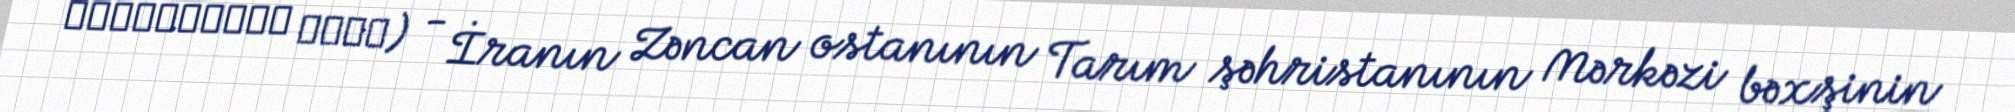
هارون‌آباد علیا) - İranın Zəncan ostanının Tarım şəhristanının Mərkəzi bəxşinin